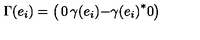
\Gamma ( e _ { i } ) = \left( \begin{matrix} { 0 } & { \gamma ( e _ { i } ) } \\ { - { \gamma ( e _ { i } ) } ^ { * } } & { 0 } \\ \end{matrix} \right)